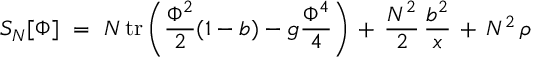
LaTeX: S _ { N } [ \Phi ] \ = \ N \, \mathrm { t r } \left( { \frac { \Phi ^ { 2 } } { 2 } } ( 1 - b ) - g { \frac { \Phi ^ { 4 } } { 4 } } \right) \, + \, { \frac { N ^ { 2 } } { 2 } } \, { \frac { b ^ { 2 } } { x } } \, + \, N ^ { 2 } \, \rho